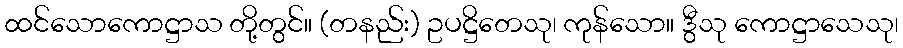
ထင်သောကောဋ္ဌာသ တို့တွင်။ (တနည်း) ဥပဋ္ဌိတေသု၊ ကုန်သော။ ဒွီသု ကောဋ္ဌာသေသု၊